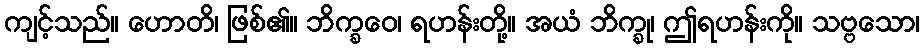
ကျင့်သည်။ ဟောတိ၊ ဖြစ်၏။ ဘိက္ခဝေ၊ ရဟန်းတို့။ အယံ ဘိက္ခု၊ ဤရဟန်းကို။ သဗ္ဗသော၊